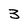
Character: 3